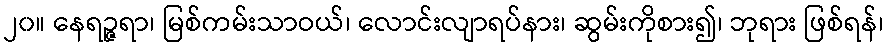
၂၀။ နေရဉ္ဇရာ၊ မြစ်ကမ်းသာဝယ်၊ လောင်းလျာရပ်နား၊ ဆွမ်းကိုစား၍၊ ဘုရား ဖြစ်ရန်၊